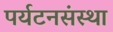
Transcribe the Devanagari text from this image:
पर्यटनसंस्था